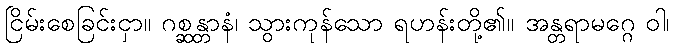
ငြိမ်းစေခြင်းငှာ။ ဂစ္ဆန္တာနံ၊ သွားကုန်သော ရဟန်းတို့၏။ အန္တရာမဂ္ဂေ ဝါ၊